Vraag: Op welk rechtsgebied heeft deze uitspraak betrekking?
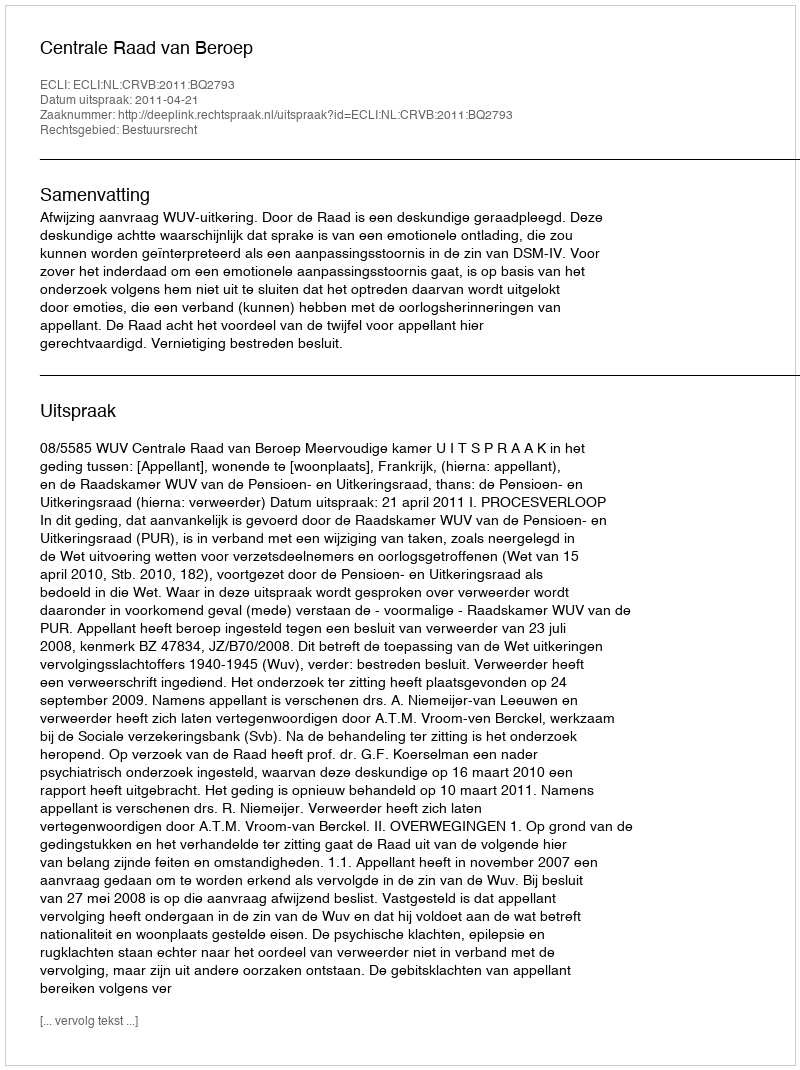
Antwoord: Bestuursrecht